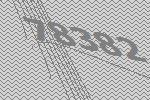
78382